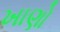
ખાણો